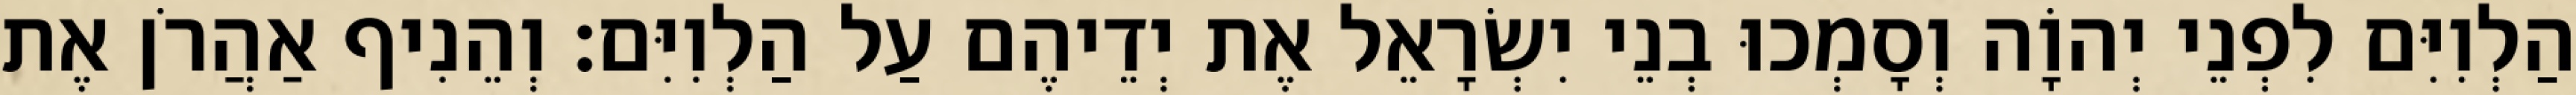
הַלְוִיִּם לִפְנֵי יְהוָֹה וְסָמְכוּ בְנֵי יִשְׂרָאֵל אֶת יְדֵיהֶם עַל הַלְוִיִּם׃ וְהֵנִיף אַהֲרֹן אֶת